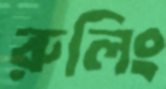
রুলিং